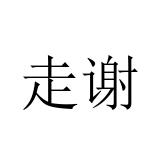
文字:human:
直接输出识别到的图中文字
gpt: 走谢